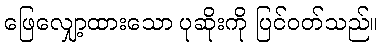
ဖြေလျှော့ထားသော ပုဆိုးကို ပြင်ဝတ်သည်။